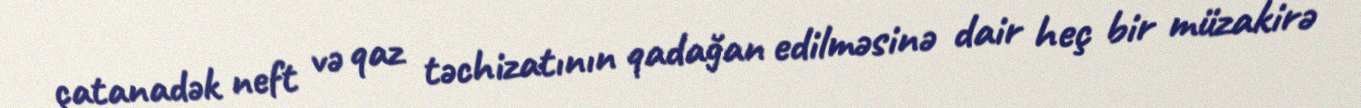
çatanadək neft və qaz təchizatının qadağan edilməsinə dair heç bir müzakirə